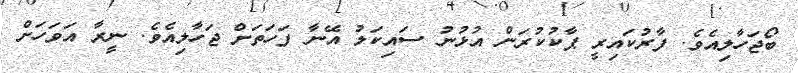
ބޯޖަހާލިއެވެ. ފާރުކައިރީ ޕާކުކުރަން އުޅުނު ސައިކަލު އޭނާ ފަހަތަށް ޖަހާލިއެވެ. ނީރާ އަވަހަށް